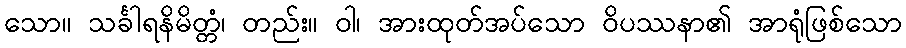
သော။ သင်္ခါရနိမိတ္တံ၊ တည်း။ ဝါ၊ အားထုတ်အပ်သော ဝိပဿနာ၏ အာရုံဖြစ်သော